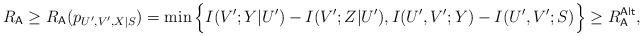
LaTeX: \begin{align*} R_\mathsf{A}\geq R_\mathsf{A}(p_{U',V',X|S})=\min\Big\{I(V';Y|U')-I(V';Z|U'),I(U',V';Y)-I(U',V';S)\Big\}\geq R_\mathsf{A}^\mathsf{Alt},\end{align*}